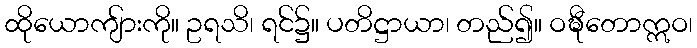
ထိုယောကျ်ားကို။ ဥရသိ၊ ရင်၌။ ပတိဋ္ဌာယာ၊ တည်၍။ ဝဍ္ဎီတောဣဝ၊